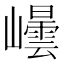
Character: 𭗮